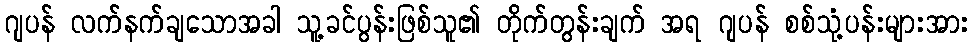
ဂျပန် လက်နက်ချသောအခါ သူ့ခင်ပွန်းဖြစ်သူ၏ တိုက်တွန်းချက် အရ ဂျပန် စစ်သုံ့ပန်းများအား